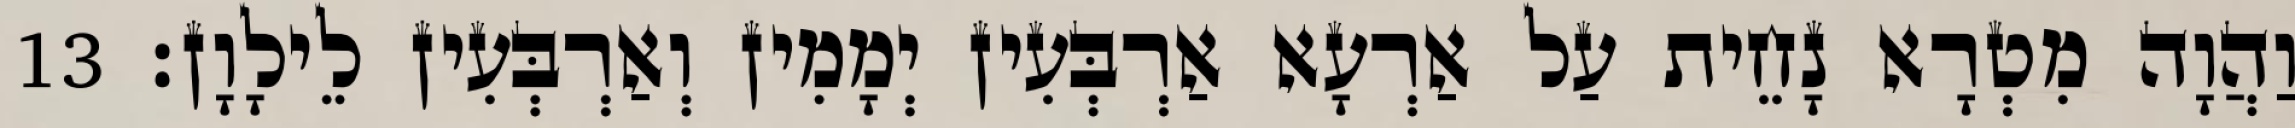
וַהֲוָה מִטְרָא נָחֵית עַל אַרְעָא אַרְבְּעִין יְמָמִין וְאַרְבְּעִין לֵילָוָן׃ 13